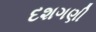
દશગણી